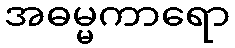
အဓမ္မကာရော